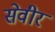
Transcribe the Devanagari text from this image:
सेवीर